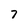
Character: 7